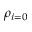
\rho _ { i = 0 }